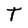
Character: T